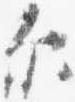
示